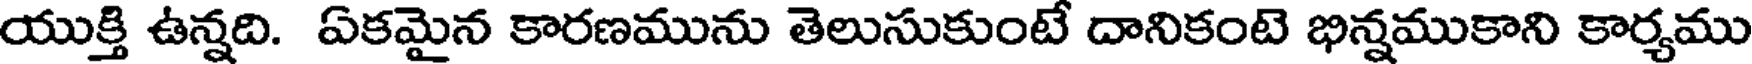
యుక్తి ఉన్నది. ఏకమైన కారణమును తెలుసుకుంటే దానికంటె భిన్నముకాని కార్యము